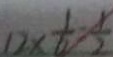
1 2 \times \frac { 1 } { 6 } = \frac { 1 } { 2 }